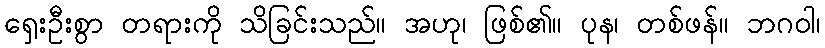
ရှေးဦးစွာ တရားကို သိခြင်းသည်။ အဟု၊ ဖြစ်၏။ ပုန၊ တစ်ဖန်။ ဘဂဝါ၊